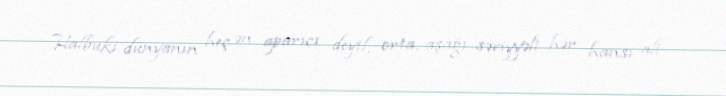
Halbuki dünyanın heç ən aparıcı deyil, orta, aşağı səviyyəli hər hansı ali